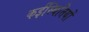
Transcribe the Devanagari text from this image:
कईस्थितियों